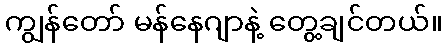
ကျွန်တော် မန်နေဂျာနဲ့ တွေ့ချင်တယ်။